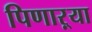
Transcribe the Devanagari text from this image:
पिणाऱ्या